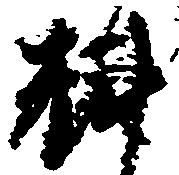
料